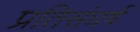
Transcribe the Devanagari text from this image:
प्रतिसंघर्ष